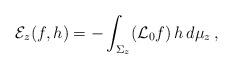
LaTeX: \begin{align*} \mathcal{E}_z(f,h) = -\int_{\Sigma_z} (\mathcal{L}_0 f)\, h\, d\mu_z\,, \end{align*}